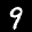
Label: 9